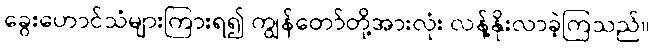
ခွေးဟောင်သံများကြားရ၍ ကျွန်တော်တို့အားလုံး လန့်နိုးလာခဲ့ကြသည်။